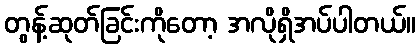
တွန့်ဆုတ်ခြင်းကိုတော့ အလိုရှိအပ်ပါတယ်။